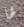
لها